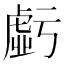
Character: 𧇊